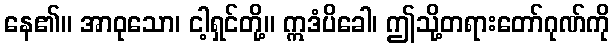
နေ၏။ အာဝုသော၊ ငါ့ရှင်တို့။ ဣဒံပိခေါ၊ ဤသို့တရားတော်ဂုဏ်ကို